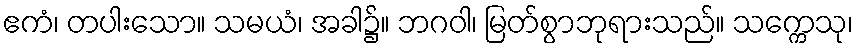
ဧကံ၊ တပါးသော။ သမယံ၊ အခါ၌။ ဘဂဝါ၊ မြတ်စွာဘုရားသည်။ သက္ကေသု၊